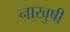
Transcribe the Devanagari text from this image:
नाखुषी